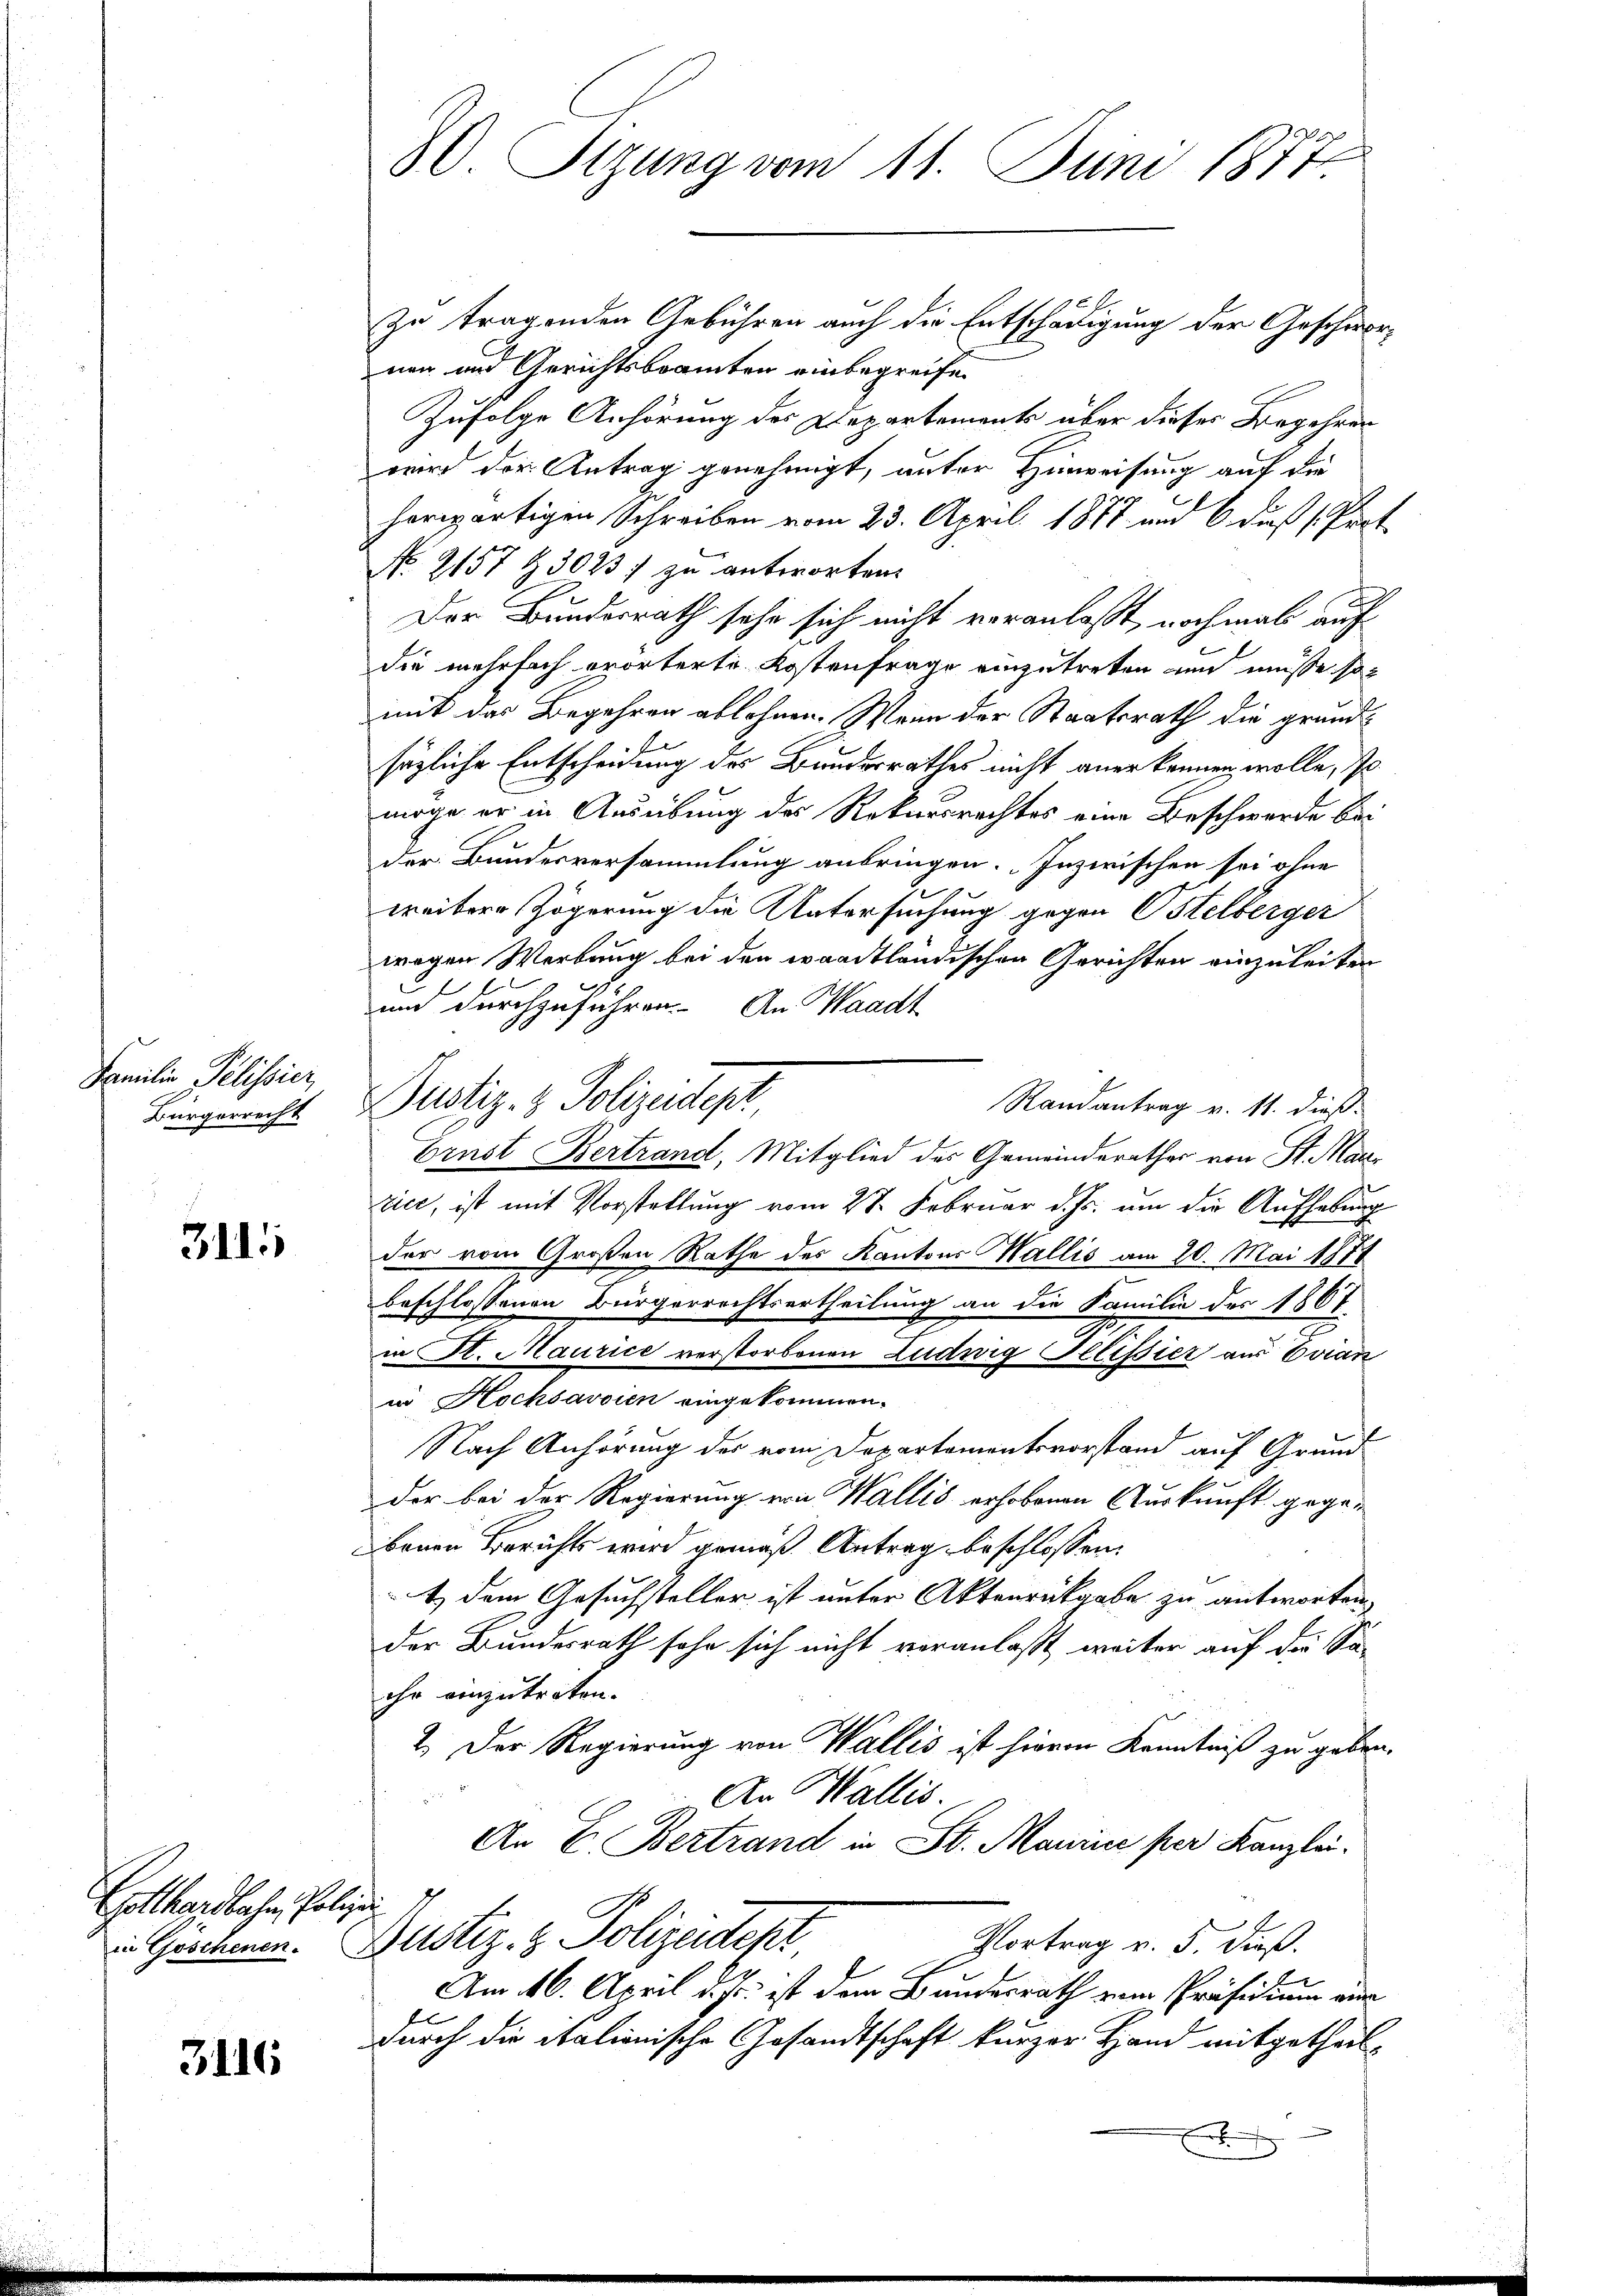
Familie Pilisier
Bürgerrecht

31111

Gotthardbachen, Poliz
in Göschenen.

3116

.
80. Sizung vom 11. Juni 1877

zu tragenden Gebühren auch die Entschädigung der Geschwornen und Gerichtsbeamten einbegreifen
Zufolge Anhörung des Departements über dieser Begehrer
wird der Antrag genehmigt, unter Hinweisung auf die
herwärtigen Schreiben vom 23. April 1878 und 6 Fuß Prot
No. 2157 & 3023 zu antworten.
Der Bundesrath sehe sich nicht veranlaßt, nochmal auf
die mehrfach erörterte Kostenfrage einzutreten und müsse so
mit das Begehren ablehnen. Wenn der Staatsrath die grundsäzliche Entscheidung des Bundesrathes nicht anerkennen wolle, so
möge er in Ausübung des Rekursrechtes eine Beschwerde bei
der Bundesversammlung anbringen. Inzwischen sei ohne
weitere Zögerung die Untersuchung gegen Ostelberger
wegen Werbung bei den waadtländischen Gerichten einzuleiten
und durchzuführen. An Waadt
Justiz- & Polizeidepr
Randantrag v. 11. dieß
Ernst Bertrand, Mitglied des Gemeinderathes von St. Marzice, ist mit Vorstellung vom 27. Februar d. Js. um die Aufhebung
der vom Großen Rathe des Kantons Wallis am 20. Mai 1871
beschlossenen Bürgerrechtsertheilung an die Familie des 1861
.
in St. Maurice verstorbenen Ludwig Telessier aus Evian
in Hochsavoien eingekommen.
Nach Anhörung des vom Departementsvorstand auf Grund
der bei der Regierung von Wallis erhobenen Auskunft gegebenen Berichts wird gemäß Antrag beschlossen:
t) dem Gesuchsteller ist unter Aktenrückgabe zu antworten,
der Bundesrath sehr sich nicht veranlaßt weiter auf die Saihr einzutreten.
2.) Der Regierung von Wallis ist hievon Kenntniß zu geben.
An Wallis.
An E. Bertrand in St. Maurice per Kanzlei.
s
Rustiz- & Polizeitest
Vortrag v. 5. dieß.
Am 16. April d. Js. ist dem Bundesrath vom Präsidium ein
durch die italionische Gesandtschaft kurzer Hand mitgetheilx